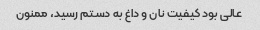
عالی بود کیفیت نان و داغ به دستم رسید، ممنون